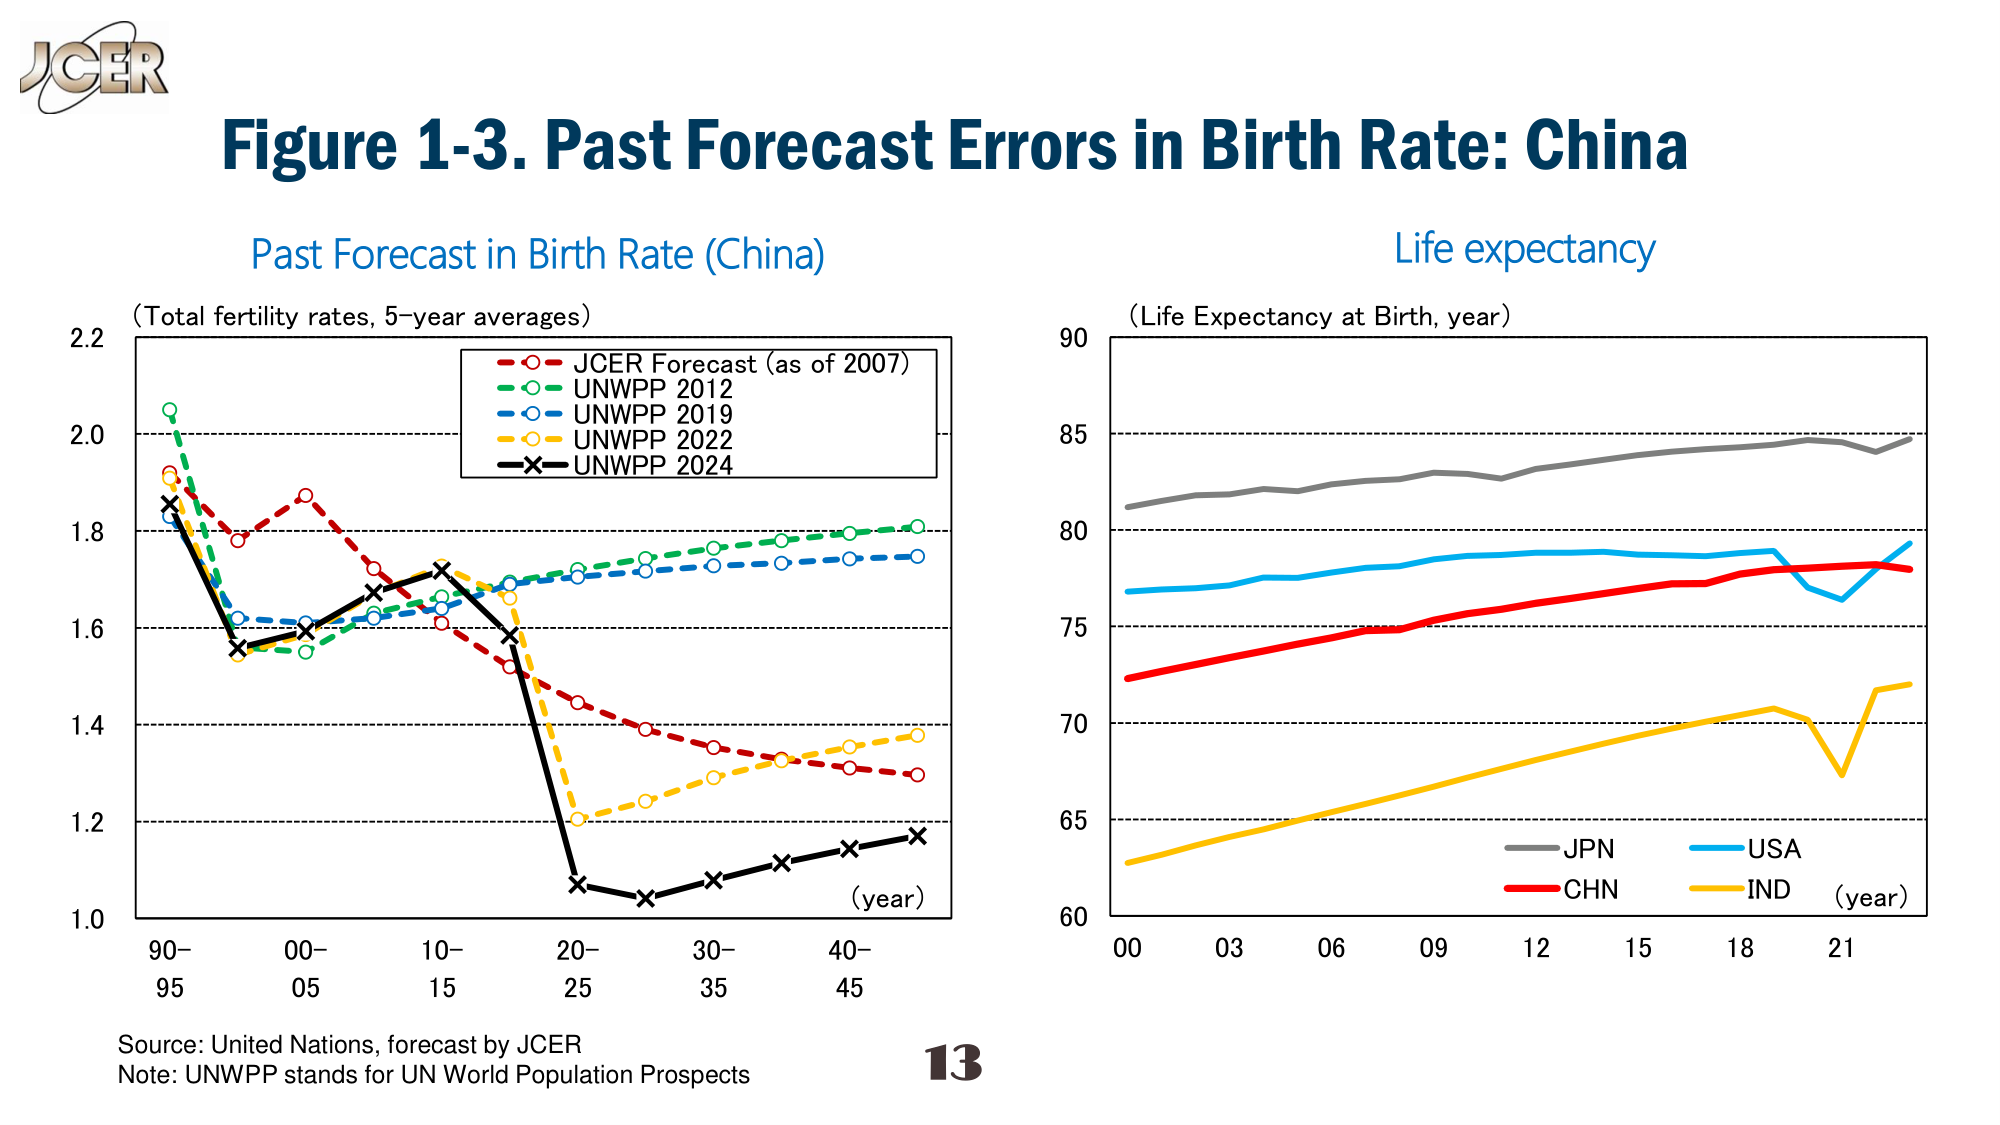
JGER
Figure 1-3. Past Forecast Errors in Birth Rate: China
Past Forecast in Birth Rate (China)
(Total fertility rates, 5-year averages)
JGER Forecast (as of 2007)
UNWPP 2012
UNWPP 2019
UNWPP 2022
UNWPP 2024
(year)
90-
95
00-
05
10-
15
20-
25
30-
35
40-
45
Life expectancy
(Life Expectancy at Birth, year)
90
85
80
75
70
65
60
00
03
06
09
12
15
18
21
(year)
JPN
USA
CHN
IND
Source: United Nations, forecast by JGER
Note: UNWPP stands for UN World Population Prospects
13